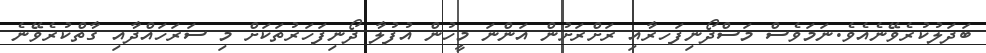
ބަދަލުކުރެވޭނެއެވެ.ނަމަވެސް މަސްދޯނިފަހރާއި ރަށްރަށުން އަންނަ މީހުން އުފުލާ ދޯނިފަހަރުތަކަށް މި ސަރަހައްދާއި ގާތްކުރެވޭނެ